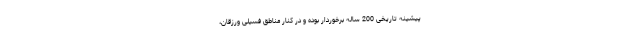
پیشینه تاریخی 200 ساله برخوردار بوده و در کنار مناطق فسیلی ورزقان،